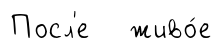
Посл'е живо́е